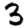
Digit: 3